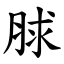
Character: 脙